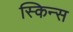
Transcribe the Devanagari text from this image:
स्किन्स